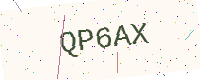
Text: QP6AX